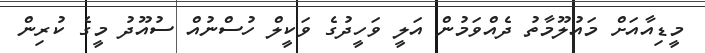
މީޑިއާއަށް މައުލޫމާތު ދެއްވަމުން އަލީ ވަހީދުގެ ވަކީލް ހުސްނުއް ސުއޫދު މީގެ ކުރިން